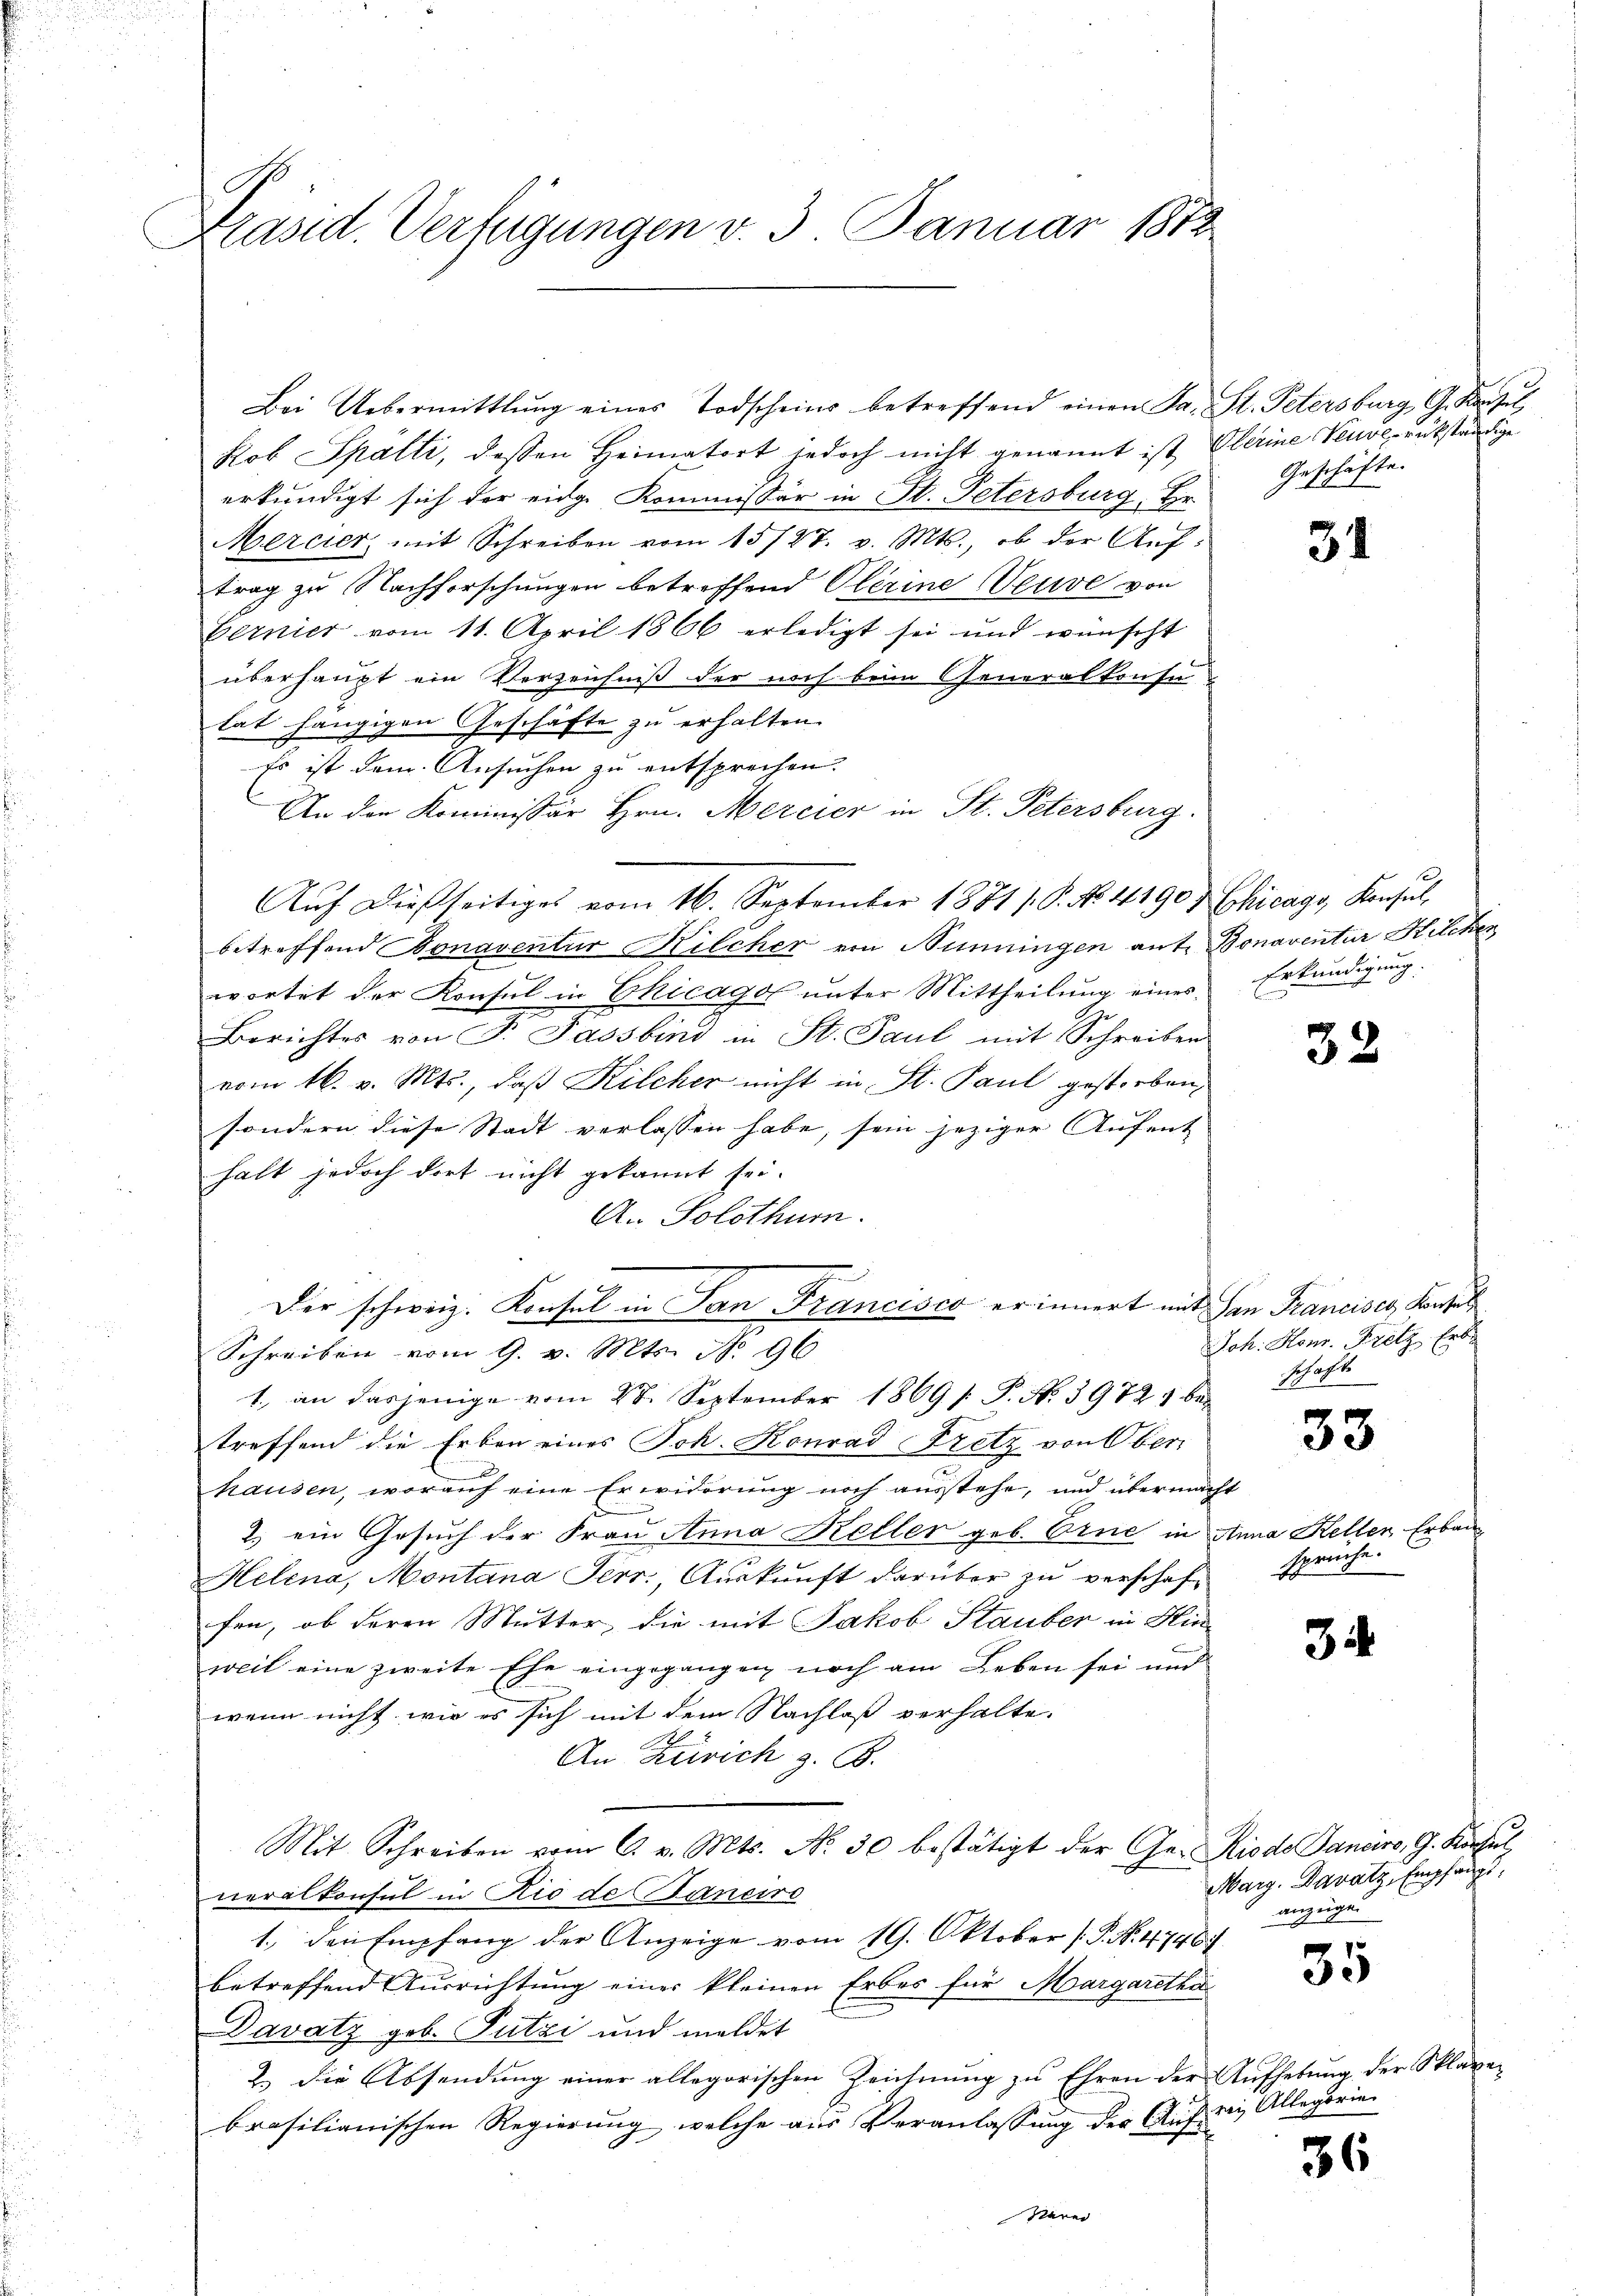
6
Präsid. Verfügungen v. 3. Januar 1872

Bei Uebermittlung eines Todscheine betreffend einen da. St. Petersburg, G. Kaisel
kob Spälti, dessen Heimatort jedoch nicht genannt ist, Gerine Neuve rükständige
erkundigt sich der eidg. Kommissär in St. Petersburg, Hr.
Mercier, mit Schreiben vom 15/27. v. Mts., ob der Aŭf-
trag zu Nachforschungen betreffend Clerine Veuve von
bernier vom 11. April 1866 erledigt sei und wünscht
überhaupt ein Verzeichniß der noch beim Generalkonse
lat hängigen Geschäfte zu erhalten.
Es ist dem Ansuchen zu entsprechen.
An den Kommissär Hrn. Mercier in St. Petersburg.
Aŭf dießseitiges vom 16. September 1881 /. P. No. 4190 Hhicago, Konsul
betreffend Bonaventur Kilcher von Hunningen ante Bonaventur Kilchen
wortet der Konsul in Chicago unter Mittheilung eines
Berichtes von F. Fassbind in St. Paul mit Schreiben
vom 16. v. Mts., daß Kilcher nicht in St. Paul gestorben,
sondern diese Stadt verlassen habe, sein jeziger Aufent
halt jedoch dort nicht gekannt sei.
A. Solothurn.
Der schweiz. Konsul in San Francisco erinnert mit San Francisch Konsul
Schreiben vom 9. v. Mts. No 96
1., an dasjenige vom 28. September 1869 s. P. Nr. 3972) bei
treffend die Erben eines Joh. Konrad Fretz von Ober
hausen, worauf eine Erwiderung noch ausstehe, und übermacht
2) ein Gesuch der Frau Anna Keller geb. Eine in Anna Keller Erbau
Helena, Montana Pers., Auskunft darüber zu verschaf-
fen, ob deren Mutter, die mit Jakob Stauber in Hin-
weil eine zweite Ehe eingegangen noch am Leben sei und
wenn nicht wir es sich mit dem Nachlaß verhalte.
An Zürich z. B.
Mit Schreiben vom 6. v. Mts. No. 30 bestätigt der Ge- Riode Danciro, G. Konsul
neralkonsul in Rio de Janeiro
1., den Empfang der Anzeige vom 19. Oktober [P. No. 4746.
betreffend Ausrichtung einer kleinen Erbes für Margaretha
Davatz geb. Putzi und meldet
2.) Die Absendung einer allegorischen Zeichnung zu Ehren der Aufhebung der Sklavebrasilianischen Regierung, welche aus Veranlassung der Auf die Allegorie
Herei

Geschäfte.

34

Erkundigung.

32

Joh. Honr. Fritz Erb-
schafte

33

spruche:

31

Marg. Davatz, Empfangs,
anzüge.

35

36